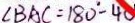
\angle B A C = 1 8 0 ^ { \circ } - 4 0